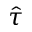
\hat { \tau }